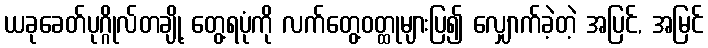
ယခုခေတ်ပုဂ္ဂိုလ်တချို့ တွေ့ရပုံကို လက်တွေ့ဝတ္ထုများပြ၍ လျှောက်ခဲ့တဲ့ အပြင်, အမြင်